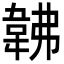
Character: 𩎛